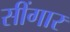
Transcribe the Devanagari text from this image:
सींगार